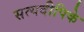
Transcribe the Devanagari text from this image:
सत्यदीपिके